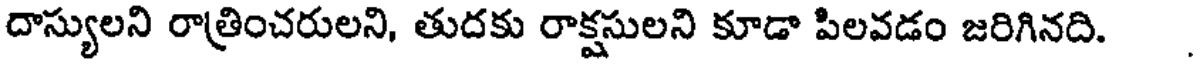
దాస్యులని రాత్రించరులని, తుదకు రాక్షసులని కూడా పిలవడం జరిగినది.